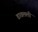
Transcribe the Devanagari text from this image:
डावलली